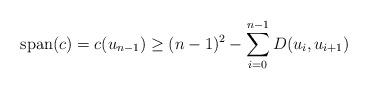
LaTeX: \begin{align*} \mbox{span}(c) = c(u_{n-1}) \geq (n-1)^{2} - \displaystyle\sum_{i=0}^{n-1} D(u_{i},u_{i+1}) \end{align*}